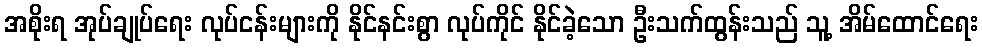
အစိုးရ အုပ်ချုပ်ရေး လုပ်ငန်းများကို နိုင်နင်းစွာ လုပ်ကိုင် နိုင်ခဲ့သော ဦးသက်ထွန်းသည် သူ့ အိမ်ထောင်ရေး